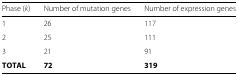
<table><thead><tr><td><b>Phase (<i>k</i>)</b></td><td><b>Number of mutation genes</b></td><td><b>Number of expression genes</b></td></tr></thead><tbody><tr><td>1</td><td>26</td><td>117</td></tr><tr><td>2</td><td>25</td><td>111</td></tr><tr><td>3</td><td>21</td><td>91</td></tr><tr><td><b>T</b><b>O</b><b>T</b><b>A</b><b>L</b></td><td><b>72</b></td><td><b>319</b></td></tr></tbody></table>